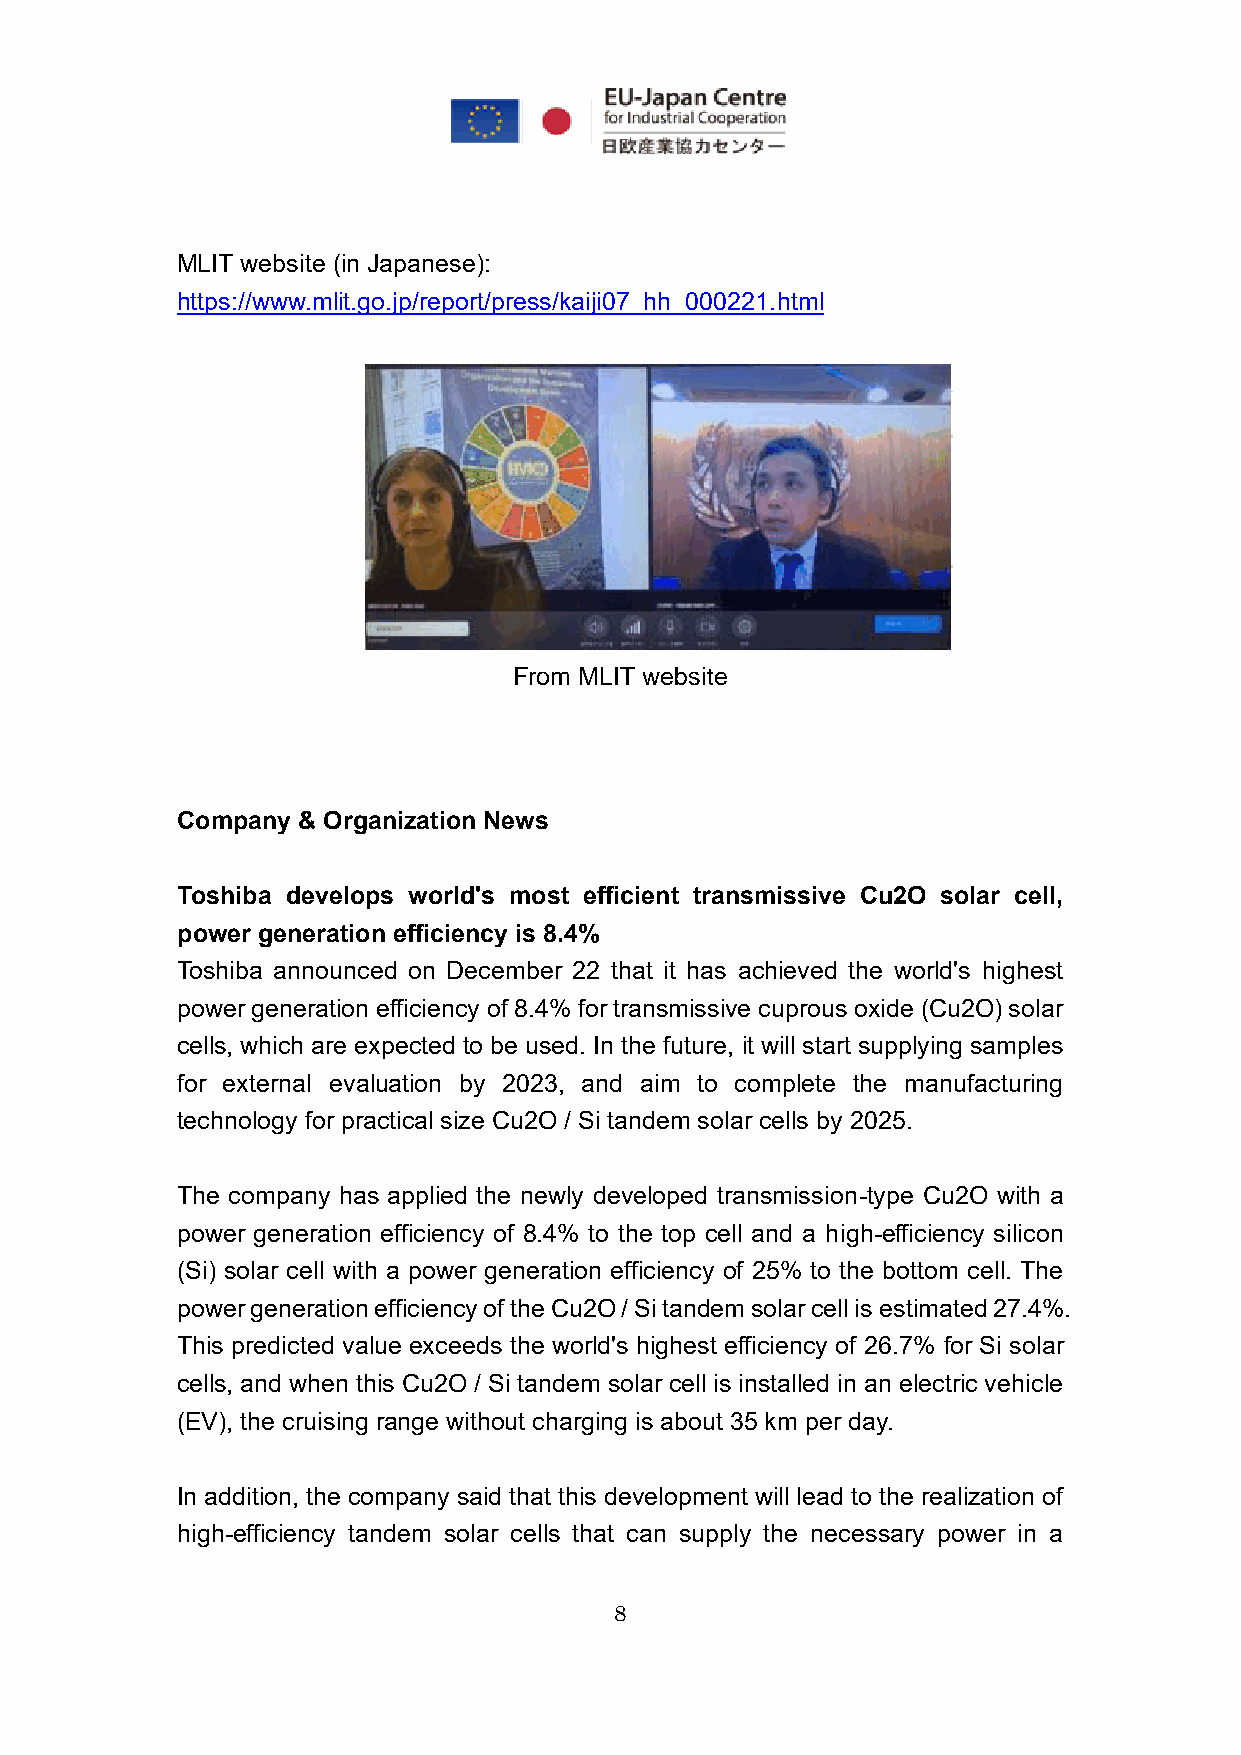
MLIT website (in Japanese):
 https://www.mlit.go.jp/report/press/kaiji07_hh_000221.html
 From MLIT website
 Company & Organization News
 Toshiba develops world's most efficient transmissive Cu2O solar cell,
 power generation efficiency is 8.4%
 Toshiba announced on December 22 that it has achieved the world's highest
 power generation efficiency of 8.4% for transmissive cuprous oxide (Cu2O) solar
 cells, which are expected to be used. In the future, it will start supplying samples
 for external evaluation by 2023, and aim to complete the manufacturing
 technology for practical size Cu2O / Si tandem solar cells by 2025.
 The company has applied the newly developed transmission-type Cu2O with a
 power generation efficiency of 8.4% to the top cell and a high-efficiency silicon
 (Si) solar cell with a power generation efficiency of 25% to the bottom cell. The
 power generation efficiency of the Cu2O / Si tandem solar cell is estimated 27.4%.
 This predicted value exceeds the world's highest efficiency of 26.7% for Si solar
 cells, and when this Cu2O / Si tandem solar cell is installed in an electric vehicle
 (EV), the cruising range without charging is about 35 km per day.
 In addition, the company said that this development will lead to the realization of
 high-efficiency tandem solar cells that can supply the necessary power in a
 8